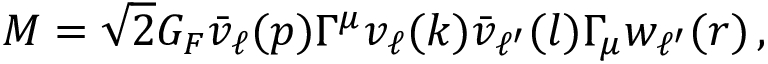
M = \sqrt { 2 } G _ { F } \bar { v } _ { \ell } ( p ) \Gamma ^ { \mu } { v } _ { \ell } ( k ) \bar { v } _ { \ell ^ { \prime } } ( l ) \Gamma _ { \mu } { w } _ { \ell ^ { \prime } } ( r ) \, ,